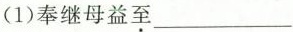
(1)奉继母益至___